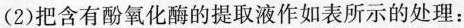
(2)把含有酚氧化酶的提取液作如表所示的处理：